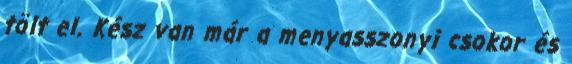
tölt el. Kész van már a menyasszonyi csokor és